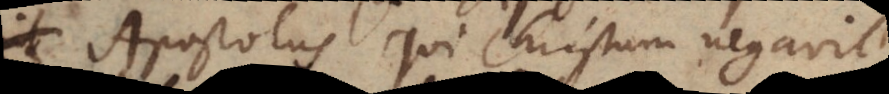
Apostolus qui Christum negav